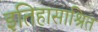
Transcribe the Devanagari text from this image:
इतिहासाश्रित